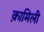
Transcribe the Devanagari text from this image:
क़ामिली